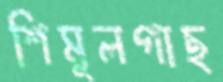
শিমুলগাছ